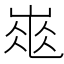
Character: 𡹽